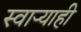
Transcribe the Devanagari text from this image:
स्वाऱ्याही